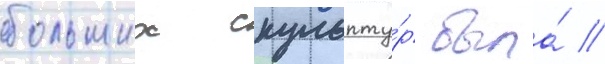
больших скульпту́р была́ /